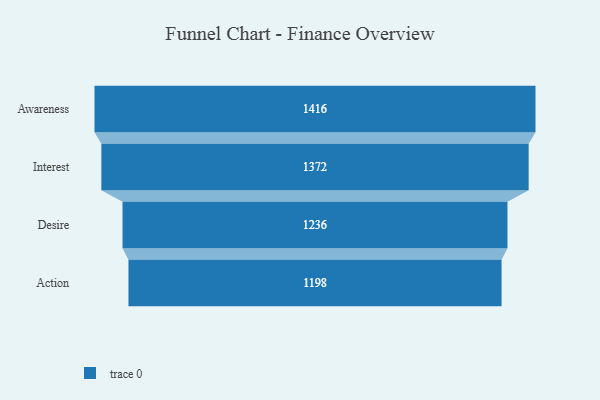
{"axis": {"x": "Stage", "y": "Value"}, "legend": [""], "data": [{"x": "Awareness", "y": 1416.0, "type": ""}, {"x": "Interest", "y": 1372.0, "type": ""}, {"x": "Desire", "y": 1236.0, "type": ""}, {"x": "Action", "y": 1198.0, "type": ""}]}